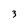
Character: 3